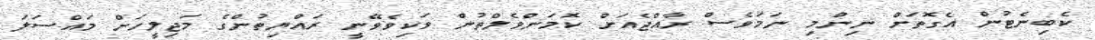
ކެބިނެޓުން އެގޮތަށް ނިންމި ނަމަވެސް ރާއްޖެއަށް ކޮމަންވެލްތުން ވަކިވެވޭނީ ރައްޔިތުންގެ މަޖިލީހަށް މައްސަލަ